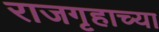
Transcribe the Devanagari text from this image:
राजगृहाच्या